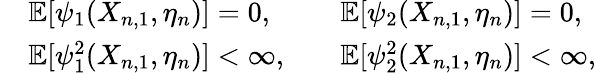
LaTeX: \begin{array}{rlrl}&{\mathbb{E}[\psi_{1}(X_{n,1},\eta_{n})]=0,}&&{\mathbb{E}[\psi_{2}(X_{n,1},\eta_{n})]=0,}\\ &{\mathbb{E}[\psi_{1}^{2}(X_{n,1},\eta_{n})]<\infty,}&&{\mathbb{E}[\psi_{2}^{2}(X_{n,1},\eta_{n})]<\infty,}\end{array}